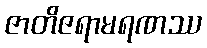
ဇာတိဇရာမရဏဿ